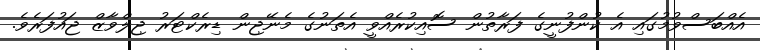
އެއްބަސްވުމުގައި އެ ކުންފުނީގެ ފަރާތުން ސޮއިކުރެއްވީ އެތަނުގެ މެނޭޖިން ޑިރެކްޓަރު ޖިލްވާޒް ޖައުފަރެވެ.